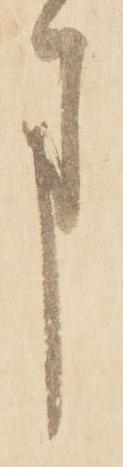
ま